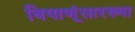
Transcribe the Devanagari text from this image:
विषाणूंसारख्या